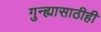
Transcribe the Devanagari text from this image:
गुन्ह्यासाठीही